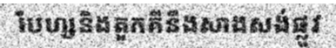
បែហ្សនិងតួកគីនឹងសាងសង់ផ្លូវ